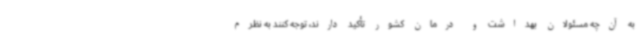
به آن‌چه مسئولان بهداشت و درمان کشور تأکید دارند، توجه کنند به نظرم